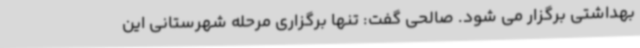
بهداشتی برگزار می شود. صالحی گفت: تنها برگزاری مرحله شهرستانی این